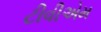
ટીવીએમ